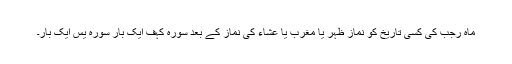
ماہ رجب کی کسی تاریخ کو نماز ظہر یا مغرب یا عشاء کی نماز کے بعد سورہ کہف ایک بار سورہ یٰس ایک بار۔